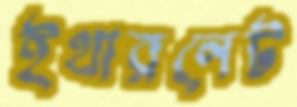
ইথারনেট